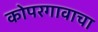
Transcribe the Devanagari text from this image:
कोपरगावाचा